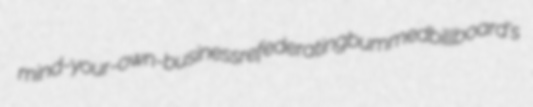
mind-your-own-business refederating bummed billboard's